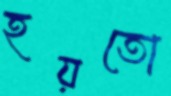
হয়তো